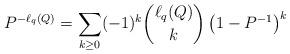
LaTeX: \begin{align*} P^{-\ell_q(Q)} = \sum_{k \geq 0} (-1)^k \binom{\ell_q(Q)}{k} \left( 1 - P^{-1} \right)^k \end{align*}